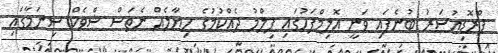
ޕްރޮޑިއުސަރު ބުނެފައި ވަނީ އޮލިމްޕަހުގައި ފިލްމު ދެއްކުމުގެ ހިޔާލެއް ނެތަސް ޝްވެކް ސިނަމާގައި